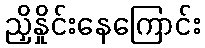
ညှိနှိုင်းနေကြောင်း